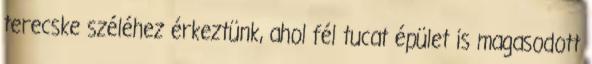
terecske széléhez érkeztünk, ahol fél tucat épület is magasodott